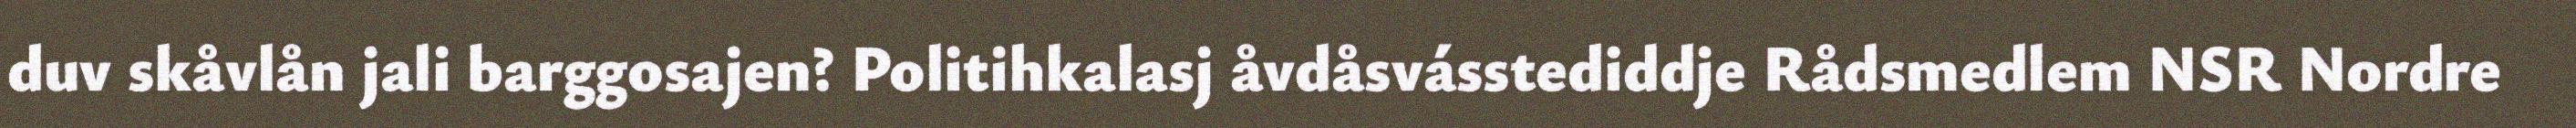
duv skåvlån jali barggosajen? Politihkalasj åvdåsvásstediddje Rådsmedlem NSR Nordre